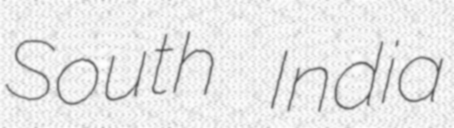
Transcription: South India